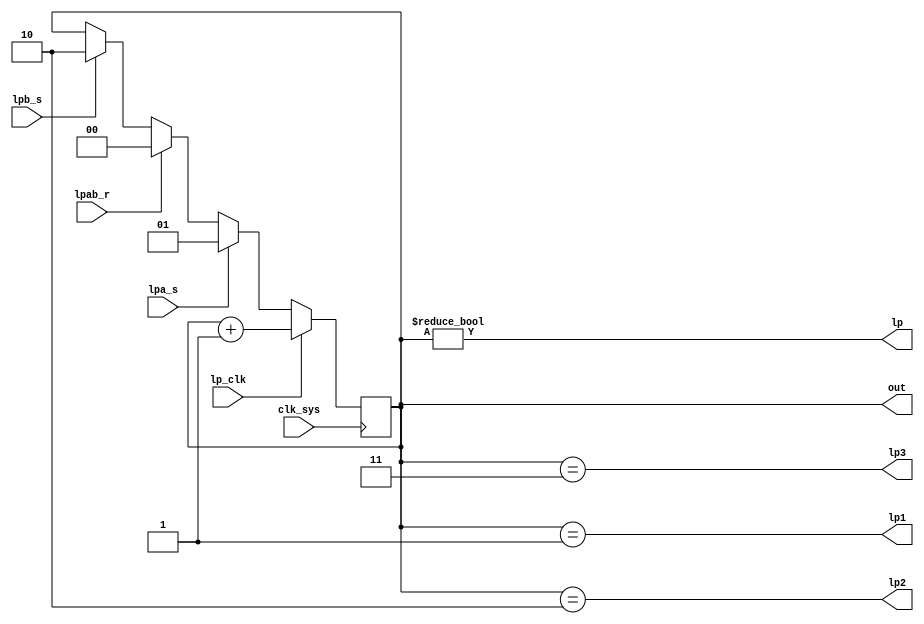
module lp(
	input clk_sys,
	input lp_clk,
	input lpb_s,
	input lpa_s,
	input lpab_r,
	output [0:1] out,
	output lp, lp1, lp2, lp3
);

/*
	preload:
		@lpb_s (10):
			@start * mw
			@f2 * mw*~fwz
		@lpa_s (01):
			@start * ~mw
			@f2 * ~mw
		@lpab_r (00):
			@f2 * fwz * mw
			@f4 * (~dw|fwz)
			@f7
	lp+1:
		@f13, @strob1b
		@f3, @strob1b
		@f1, @strob1b
		@f8, @strob1b lp*dw
*/

	always @ (posedge clk_sys) begin
		if (lp_clk) out <= out + 2'b1;
		else if (lpa_s) out <= 2'b01;
		else if (lpab_r) out <= 2'b00; // if this one is last tp.asm fails with "UPLOAD FAILED"
		else if (lpb_s) out <= 2'b10;
	end

	assign lp = (out != 0);
	assign lp1 = (out == 1);
	assign lp2 = (out == 2);
	assign lp3 = (out == 3);

endmodule